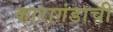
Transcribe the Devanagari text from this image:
कारागंडाची